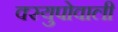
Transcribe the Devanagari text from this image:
क्स्युपोवाली